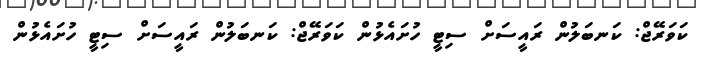
ކަވަރޭޖް: ކަނބަލުން ރައީސަށް ސިޓީ ހުށައެޅުން ކަވަރޭޖް: ކަނބަލުން ރައީސަށް ސިޓީ ހުށައެޅުން